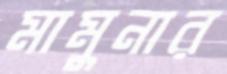
মামুনার